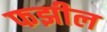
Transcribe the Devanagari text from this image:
फझील